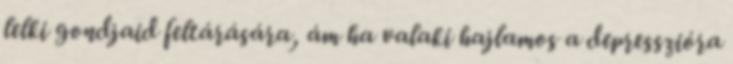
lelki gondjaid feltárására, ám ha valaki hajlamos a depresszióra